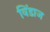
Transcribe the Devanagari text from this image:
विंडाज